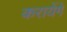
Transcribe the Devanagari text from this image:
करायेंगे